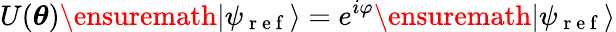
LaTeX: U({\boldsymbol{\theta}})\ensuremath{\lvert{\psi_{\mathrm{~r~e~f~}}}\rangle}=e^{i\varphi}\ensuremath{\lvert{\psi_{\mathrm{~r~e~f~}}}\rangle}